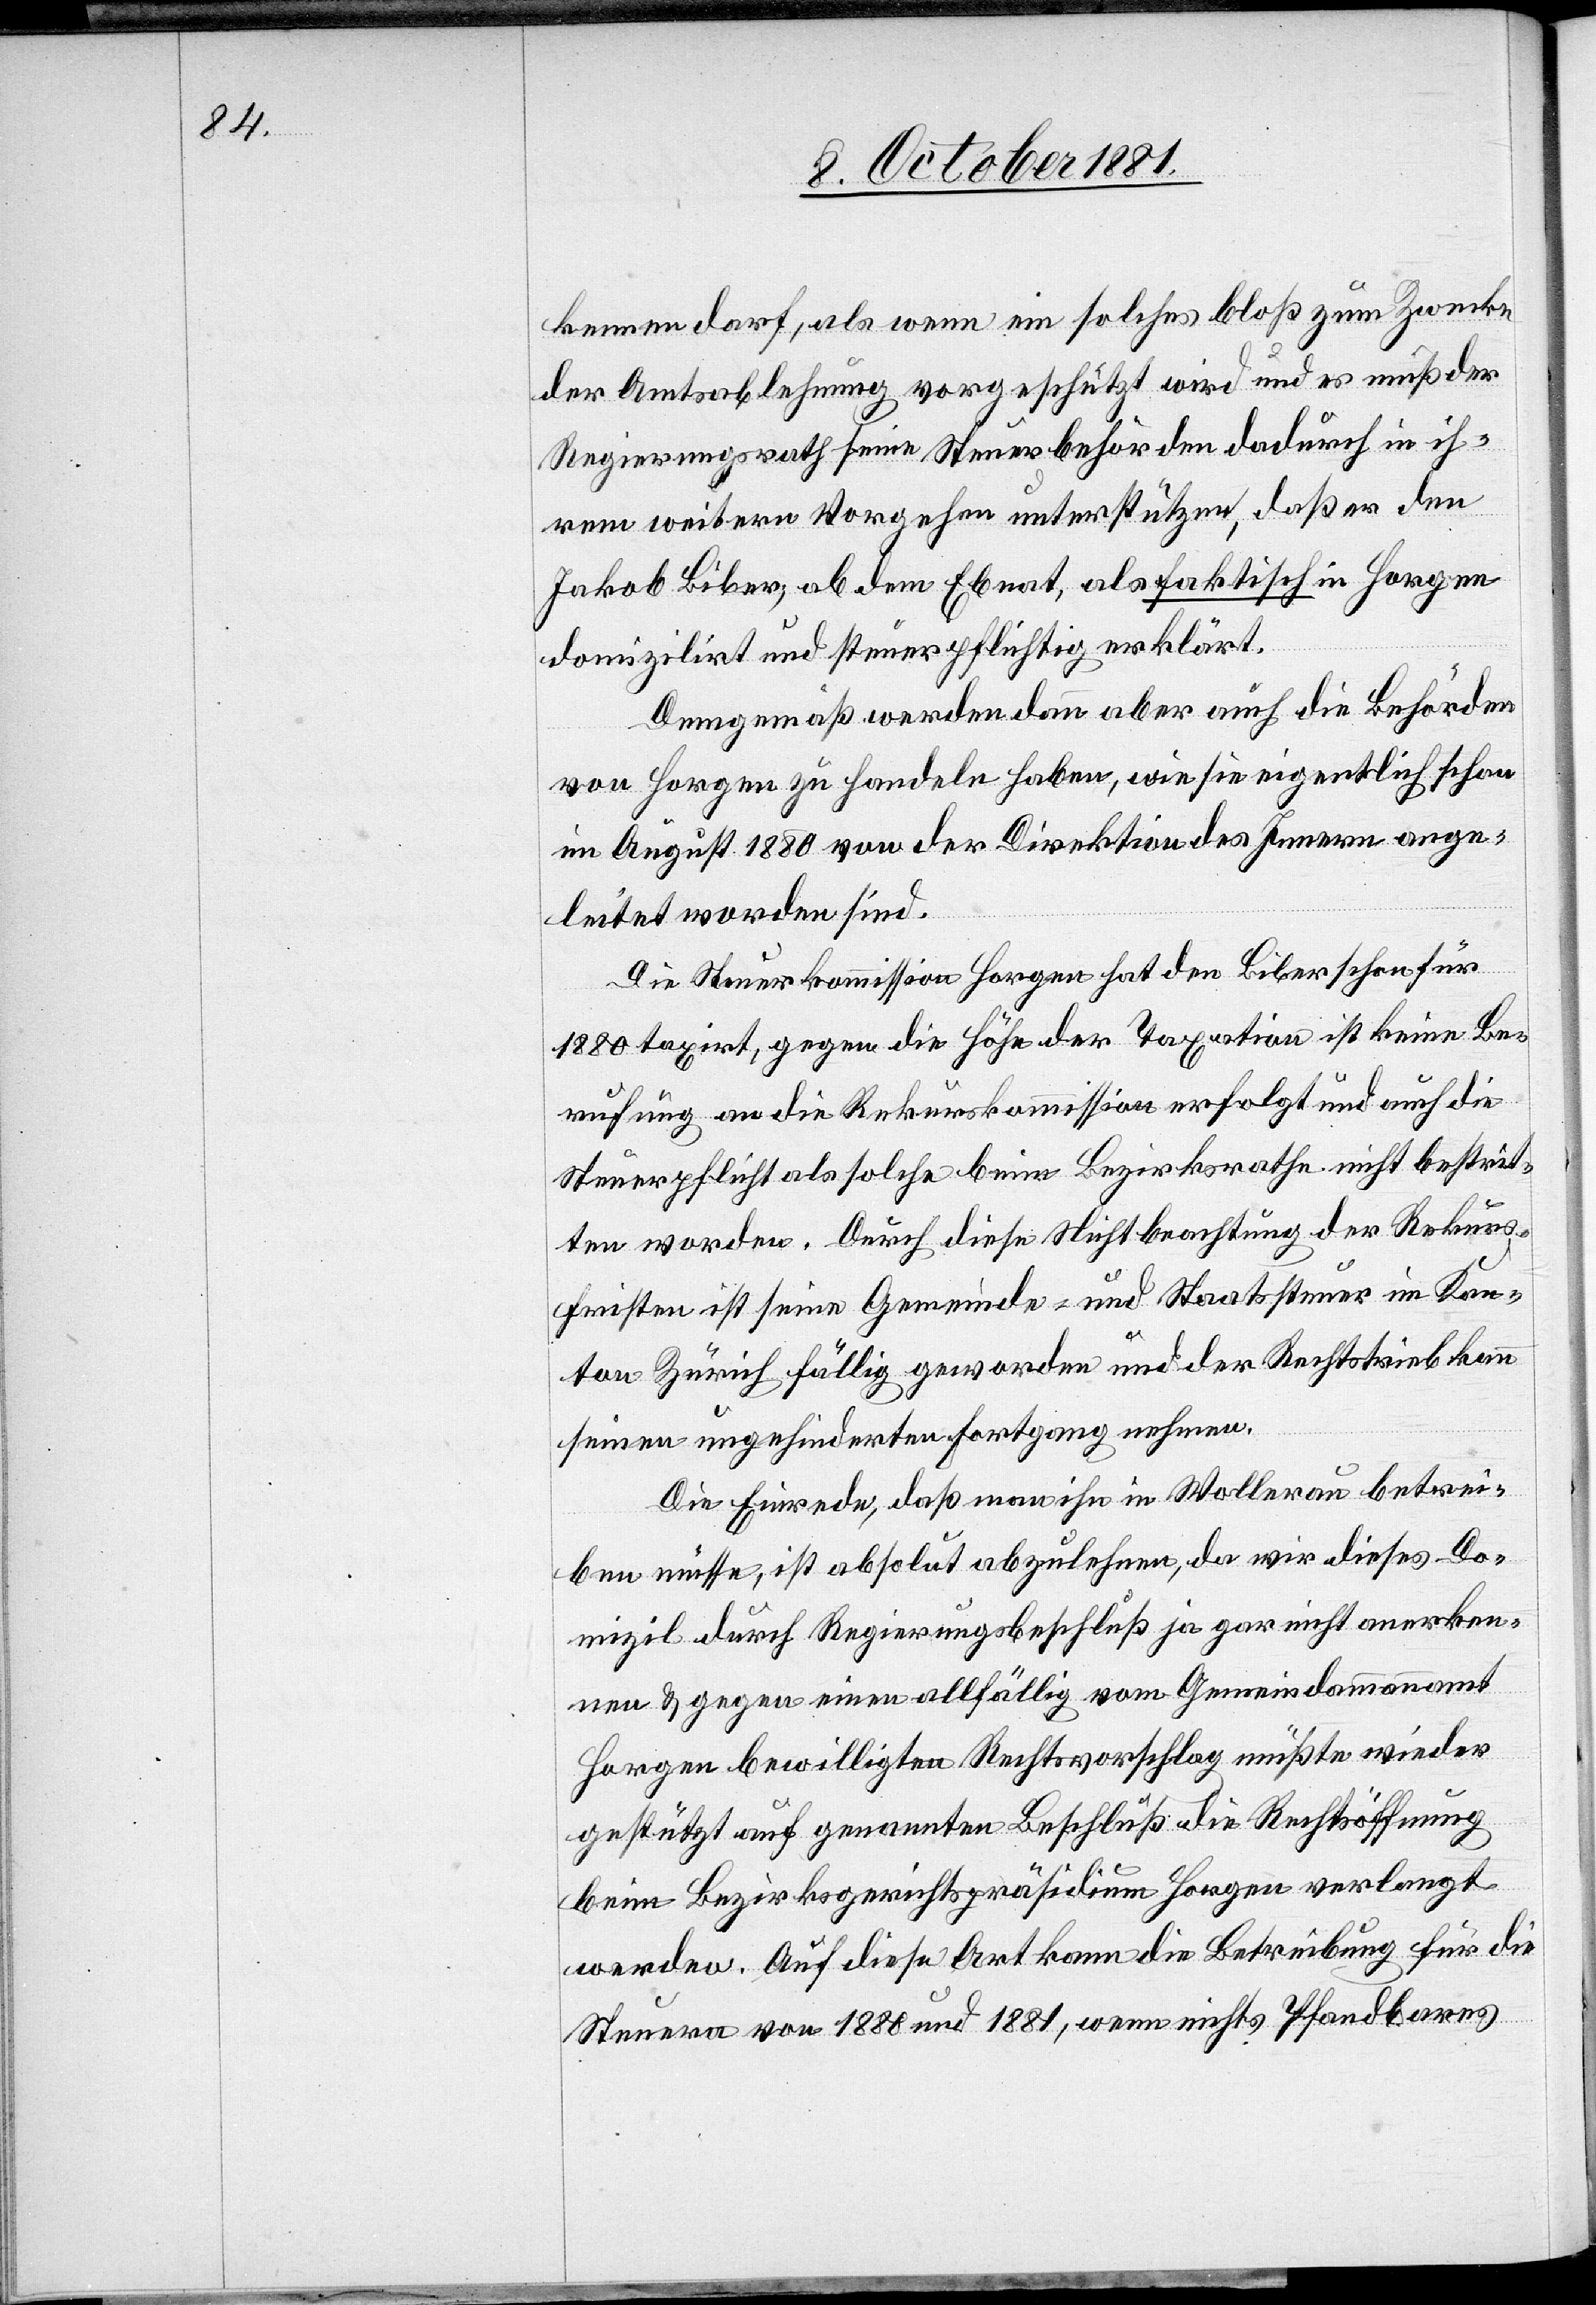
kennen darf, als wenn ein solches bloß zum Zwecke
der Amtsablehnung vorgeschützt wird und es muß der
Regierungsrath seine Steuerbehörden dadurch in ih¬
rem weitern Vorgehen unterstützen, daß er den
Jakob Biber, ab dem Ebnat, als faktisch in Horgen
domizilirt und steuerpflichtig erklärt.
Demgemäß werden dann aber auch die Behörden
von Horgen zu handeln haben, wie sie eigentlich schon
im August 1880 von der Direktion des Innern ange¬
leitet worden sind.
Die Steuerkommission Horgen hat den Biber schon für
1880 taxirt, gegen die Höhe der Taxation ist keine Be¬
rufung an die Rekurskommission erfolgt und auch die
Steuerpflicht als solche beim Bezirksrathe nicht bestrit¬
ten worden. Durch diese Nichtbeachtung der Rekurs¬
fristen ist seine Gemeinde- und Staatssteuer im Kan¬
ton Zürich fällig geworden und der Rechtstrieb kann
seinen ungehinderten Fortgang nehmen.
Die Einrede, daß man ihn in Wollerau betrei¬
ben müsse, ist absolut abzulehnen, da wir dieses Do¬
mizil durch Regierungsbeschluß ja gar nicht anerken¬
nen & gegen einen allfällig vom Gemeindammannamt
Horgen bewilligten Rechtsvorschlag müßte wieder
gestützt auf genannten Beschluß die Rechtsöffnung
beim Bezirksgerichtspräsidium Horgen verlangt
werden. Auf diese Art kann die Betreibung für die
Steuern von 1880 und 1881, wenn nichts Pfandbares